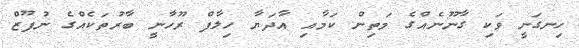
ހިނގަނީ ވަކި ގާނޫނެއްގެ މަތިން ކަމާއި އާދަޔާ ހިލާފް ރޫހާނީ ބާރުތަކެއްގެ ނުފޫޒް